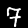
Label: 7